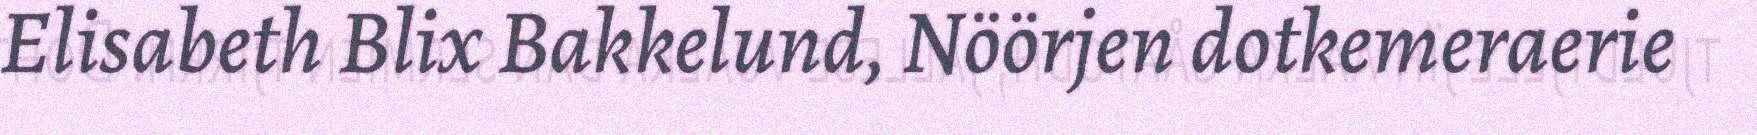
Elisabeth Blix Bakkelund, Nöörjen dotkemeraerie